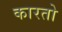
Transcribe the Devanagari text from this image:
कारतो